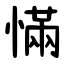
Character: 慲